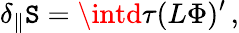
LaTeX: \delta_{\parallel}\mathtt{S}=\intd\tau(L\Phi)^{\prime}\, ,